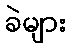
ခဲများ